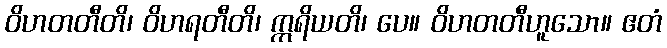
ဝိဟတတီတိ၊ ဝိဟရတီတိ၊ ဣရိယတိ၊ ပေ။ ဝိဟတတီဟူသော။ ဧတံ